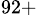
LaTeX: ^{92+}